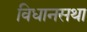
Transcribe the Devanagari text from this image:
विधानसथा